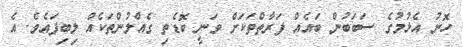
ހޮނު އެޅުމުގެ ސަބަބުން ބައެއް ފަރާތްތަކަށް ވަނީ ބޮޑެތި ގެއްލުންތަކެއް ލިބިފައެވެ. އެ